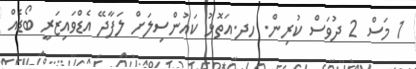
1 މަސް 2 ދުވަސް ކުރިން. ހދ.އަތޮޅު ކައުންސިލަށް ލަފާދޭ އެޑްވައިޒަރީ ބޯޑެއް